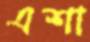
এশা